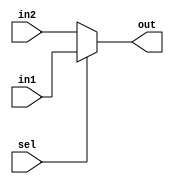
module mux2(in1, in2, out, sel);

parameter DATA_SIZE = 32;

input [DATA_SIZE-1:0] in1;
input [DATA_SIZE-1:0] in2;

input sel;

output [DATA_SIZE-1:0] out;

assign out = (sel)?in1:in2;
	
endmodule